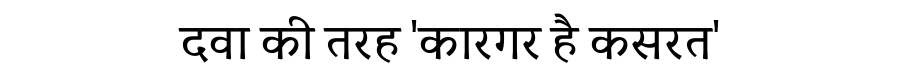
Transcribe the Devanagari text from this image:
दवा की तरह 'कारगर है कसरत'